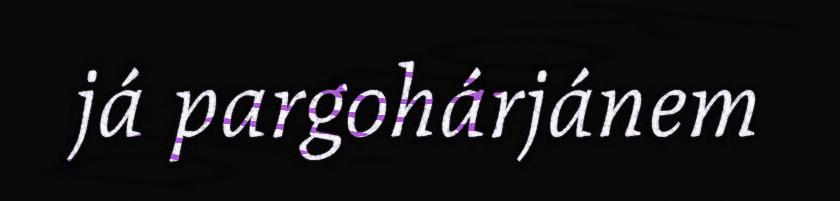
já pargohárjánem